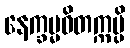
နေက္ခမ္မဝိတက္ကမ္ပိ